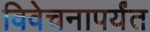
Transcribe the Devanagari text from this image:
विवेचनापर्यंत